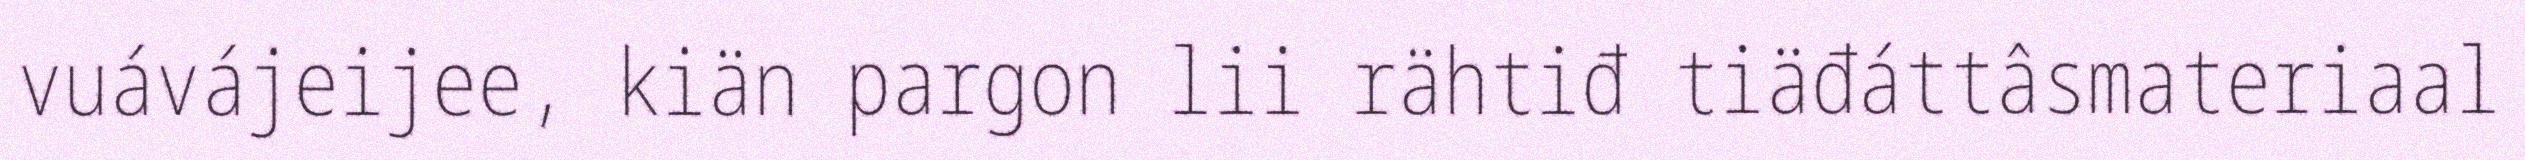
vuávájeijee, kiän pargon lii rähtiđ tiäđáttâsmateriaal